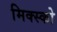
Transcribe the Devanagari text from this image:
मिक्स्को